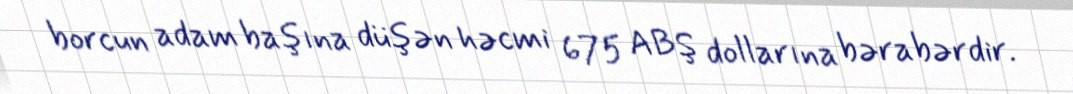
borcun adam başına düşən həcmi 675 ABŞ dollarına bərabərdir.